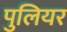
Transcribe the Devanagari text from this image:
पुलियर